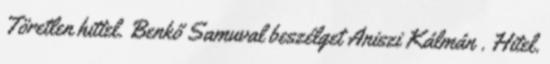
Töretlen hittel. Benkő Samuval beszélget Aniszi Kálmán . Hitel.